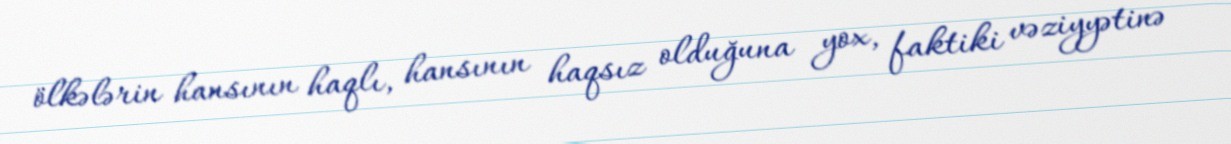
ölkələrin hansının haqlı, hansının haqsız olduğuna yox, faktiki vəziyyətinə